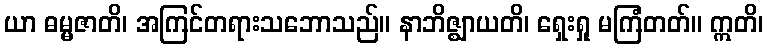
ယာ ဓမ္မဇာတိ၊ အကြင်တရားသဘောသည်။ နာဘိဇ္ဈာယတိ၊ ရှေးရှု မကြံတတ်။ ဣတိ၊